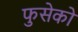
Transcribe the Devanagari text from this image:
फुसेको